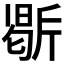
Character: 𭤥